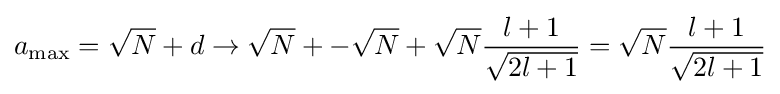
a_{\mathrm {max} }={\sqrt {N}}+d\to {\sqrt {N}}+-{\sqrt {N}}+{\sqrt {N}}{\frac {l+1}{\sqrt {2l+1}}}={\sqrt {N}}{\frac {l+1}{\sqrt {2l+1}}}